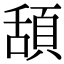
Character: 頢